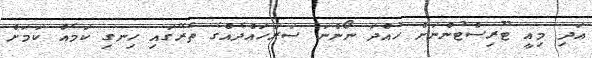
އަދި މިއީ ޓޫރިސްޓުންނަށް ހުއްދަ ނޯންނަ ސަރަހައްދެއްގެ ތެރޭގައި ހިނގި ކަމެއް ކަމަށް